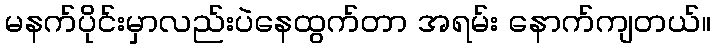
မနက်ပိုင်းမှာလည်းပဲနေထွက်တာ အရမ်း နောက်ကျတယ်။